Document type: Grant
Year: 1445
Scribe: Antoni Gomar
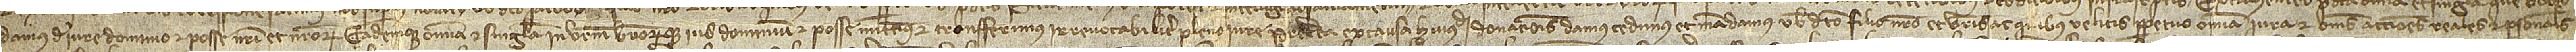
damus de iure, dominio et posse nostri et nostrorum eademque omnia et singula in vestrum vestrorumque ius, dominium et posse mittimus et transferimus irrevocabiliter pleno iure. Preterea ex causa huiusmodi donacionis damus, cedimus et mandamus vobis dicto filio nostro et vestris ac quibus velitis perpetuo omnia iura et omnes acciones reales et personales